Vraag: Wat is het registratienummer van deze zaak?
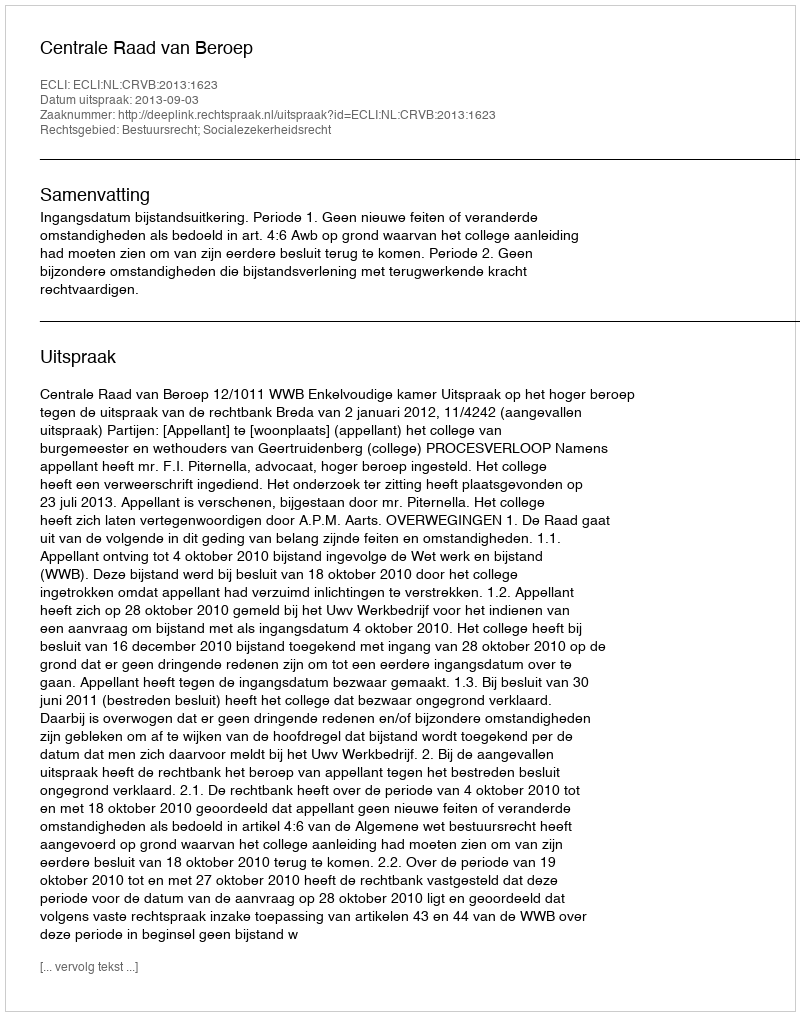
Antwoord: http://deeplink.rechtspraak.nl/uitspraak?id=ECLI:NL:CRVB:2013:1623